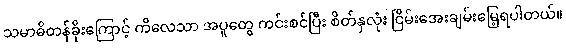
သမာဓိတန်ခိုးကြောင့် ကိလေသာ အပူတွေ ကင်းစင်ပြီး စိတ်နှလုံး ငြိမ်းအေးချမ်းမြေ့ရပါတယ်။